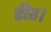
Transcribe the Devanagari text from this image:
रीत।